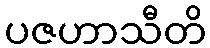
ပဇဟာသီတိ